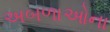
અબળાઓના